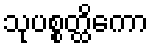
သုပစ္စတ္ထိကော